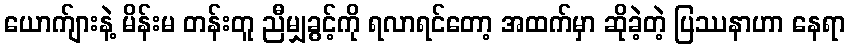
ယောက်ျားနဲ့ မိန်းမ တန်းတူ ညီမျှခွင့်ကို ရလာရင်တော့ အထက်မှာ ဆိုခဲ့တဲ့ ပြဿနာဟာ နေရာ